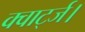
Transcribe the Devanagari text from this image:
क्वार्ट्ज।